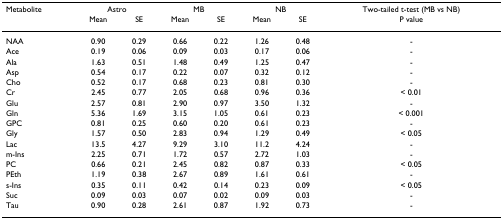
| Metabolite | <COLSPAN=2> Astro | <COLSPAN=2> MB | <COLSPAN=2> NB | Two-tailed t-test (MB vs NB) |
 |  | Mean | SE | Mean | SE | Mean | SE | P value |
 | --- | --- | --- | --- | --- | --- | --- | --- |
 | NAA | 0.90 | 0.29 | 0.66 | 0.22 | 1.26 | 0.48 | - |
 | Ace | 0.19 | 0.06 | 0.09 | 0.03 | 0.17 | 0.06 | - |
 | Ala | 1.63 | 0.51 | 1.48 | 0.49 | 1.25 | 0.47 | - |
 | Asp | 0.54 | 0.17 | 0.22 | 0.07 | 0.32 | 0.12 | - |
 | Cho | 0.52 | 0.17 | 0.68 | 0.23 | 0.81 | 0.30 | - |
 | Cr | 2.45 | 0.77 | 2.05 | 0.68 | 0.96 | 0.36 | < 0.01 |
 | Glu | 2.57 | 0.81 | 2.90 | 0.97 | 3.50 | 1.32 | - |
 | Gln | 5.36 | 1.69 | 3.15 | 1.05 | 0.61 | 0.23 | < 0.001 |
 | GPC | 0.81 | 0.25 | 0.60 | 0.20 | 0.61 | 0.23 | - |
 | Gly | 1.57 | 0.50 | 2.83 | 0.94 | 1.29 | 0.49 | < 0.05 |
 | Lac | 13.5 | 4.27 | 9.29 | 3.10 | 11.2 | 4.24 | - |
 | m-Ins | 2.25 | 0.71 | 1.72 | 0.57 | 2.72 | 1.03 | - |
 | PC | 0.66 | 0.21 | 2.45 | 0.82 | 0.87 | 0.33 | < 0.05 |
 | PEth | 1.19 | 0.38 | 2.67 | 0.89 | 1.61 | 0.61 | - |
 | s-Ins | 0.35 | 0.11 | 0.42 | 0.14 | 0.23 | 0.09 | < 0.05 |
 | Suc | 0.09 | 0.03 | 0.07 | 0.02 | 0.09 | 0.03 | - |
 | Tau | 0.90 | 0.28 | 2.61 | 0.87 | 1.92 | 0.73 | - |